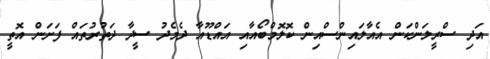
އަދި ސްރީލަންކަން އެއާލައިންސްއިން ކޮލޮމްބޯއާއި އައްޑޫއާ ދެމެދު ސީދާ ދަތުރުތައް ފަށަން އޮތީ